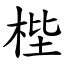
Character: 梐